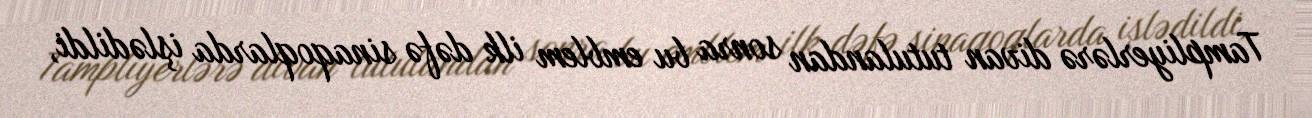
Tampliyerlərə divan tutulandan sonra bu emblem ilk dəfə sinaqoqlarda işlədildi,